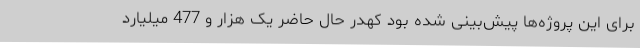
برای این پروژه‌ها پیش‌بینی شده بود کهدر حال حاضر یک هزار و 477 میلیارد